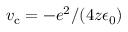
v _ { \mathrm { c } } = - e ^ { 2 } / ( 4 z \epsilon _ { 0 } )